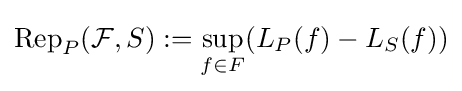
\operatorname {Rep} _{P}({\mathcal {F}},S):=\sup _{f\in F}(L_{P}(f)-L_{S}(f))